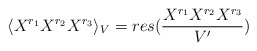
\begin{align*}\langle X^{r_1} X^{r_2} X^{r_3} \rangle_V= res({X^{r_1} X^{r_2} X^{r_3}\over V'})\end{align*}